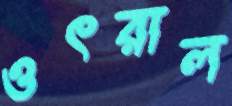
ওৎরাল